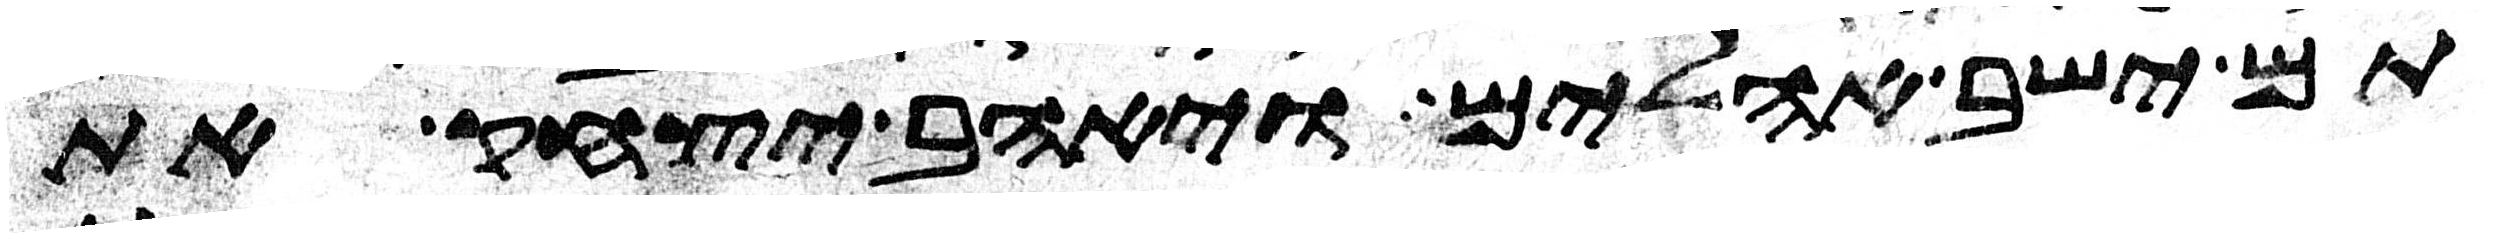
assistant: תם ישב אהלים ויאהב יצחק את